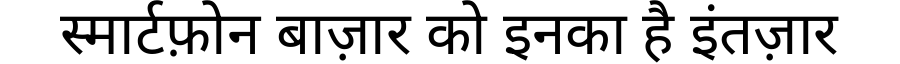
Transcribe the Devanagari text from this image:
स्मार्टफ़ोन बाज़ार को इनका है इंतज़ार